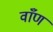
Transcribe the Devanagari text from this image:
वाँण